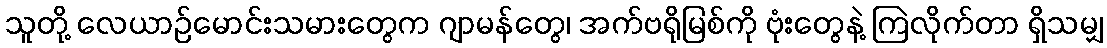
သူတို့ လေယာဉ်မောင်းသမားတွေက ဂျာမန်တွေ၊ အက်ဗရိုမြစ်ကို ဗုံးတွေနဲ့ ကြဲလိုက်တာ ရှိသမျှ